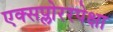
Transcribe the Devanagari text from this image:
एक्सप्लोररपेक्षा